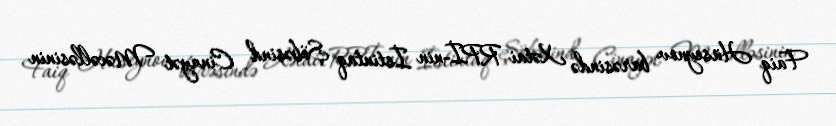
Faiq Hüseynov barəsində Xətai RPİ-nin İstintaq Şöbəsind Cinayət Məcəlləsinin